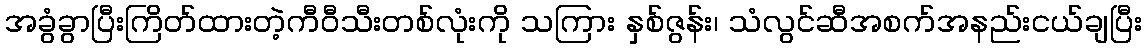
အခွံခွာပြီးကြိတ်ထားတဲ့ကီဝီသီးတစ်လုံးကို သကြား နှစ်ဇွန်း၊ သံလွင်ဆီအစက်အနည်းငယ်ချပြီး